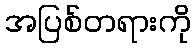
အပြစ်တရားကို